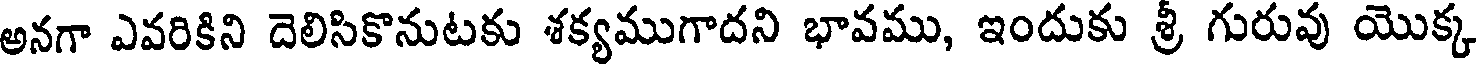
అనగా ఎవరికిని దెలిసికొనుటకు శక్యముగాదని భావము, ఇందుకు శ్రీ గురువు యొక్క